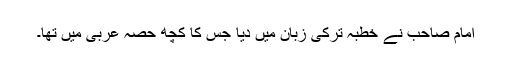
امام صاحب نے خطبہ ترکی زبان میں دیا جس کا کچھ حصہ عربی میں تھا۔